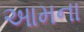
આમના